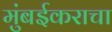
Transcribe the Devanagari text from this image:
मुंबईकराचा